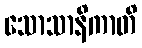
သောသာနိကာတိ